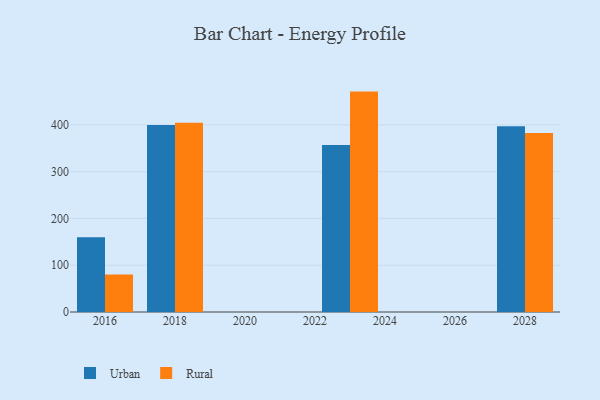
{"axis": {"x": "Year", "y": "Production Output"}, "legend": ["Rural", "Urban"], "data": [{"x": "2018", "y": 399.5, "type": "Urban"}, {"x": "2018", "y": 404.4, "type": "Rural"}, {"x": "2028", "y": 396.7, "type": "Urban"}, {"x": "2028", "y": 382.7, "type": "Rural"}, {"x": "2016", "y": 159.6, "type": "Urban"}, {"x": "2016", "y": 80.0, "type": "Rural"}, {"x": "2023", "y": 356.8, "type": "Urban"}, {"x": "2023", "y": 471.0, "type": "Rural"}]}